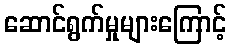
ဆောင်ရွက်မှုများကြောင့်